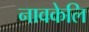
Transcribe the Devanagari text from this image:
नावकेलि